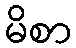
မိစာ